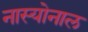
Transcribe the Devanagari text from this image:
नास्योनाल